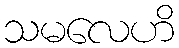
သမလေဟိ